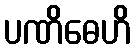
ပဏိဓေဟိ